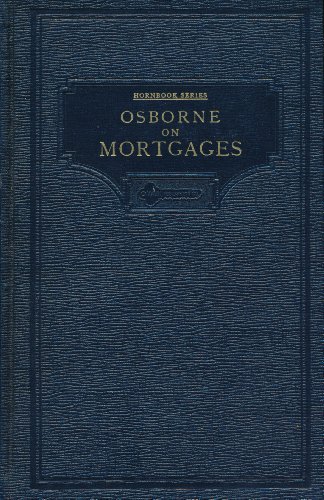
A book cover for Handbook on the Law of Mortgages (Hornbook Series - Law School Publications); George E. Osborne; Business & Money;